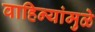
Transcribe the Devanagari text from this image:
वाहिन्यांमुळे